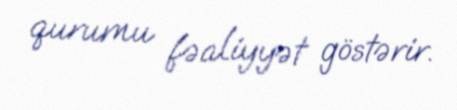
qurumu fəaliyyət göstərir.